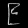
Digit: ၉